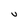
Character: V